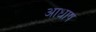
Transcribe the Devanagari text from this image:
आधाष